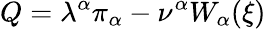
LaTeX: Q=\lambda^{\alpha}\pi_{\alpha}-\nu^{\alpha}W_{\alpha}(\xi)